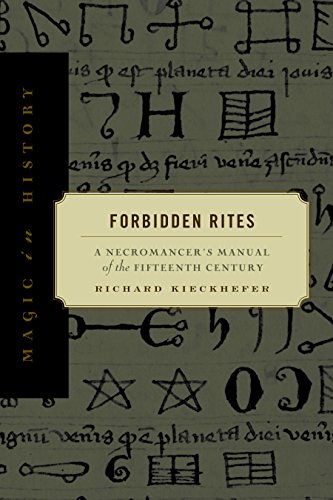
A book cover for Forbidden Rites: A Necromancer's Manual of the Fifteenth Century (Magic in History); Richard Kieckhefer; Crafts, Hobbies & Home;